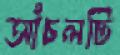
আঁচলটি